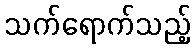
သက်ရောက်သည့်